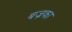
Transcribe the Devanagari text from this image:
बज्रका